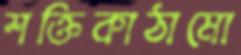
শক্তিকাঠামো